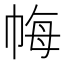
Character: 𢂳